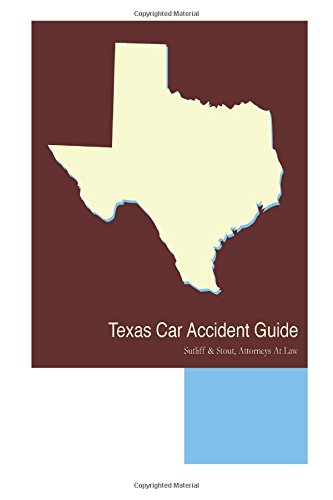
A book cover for Texas Car Accident Guide; Mr. William H. Stout Esq; Law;